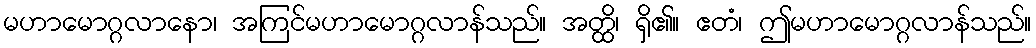
မဟာမောဂ္ဂလာနော၊ အကြင်မဟာမောဂ္ဂလာန်သည်။ အတ္ထိ၊ ရှိ၏။ ဧတံ၊ ဤမဟာမောဂ္ဂလာန်သည်။